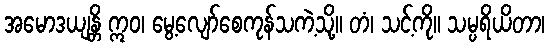
အမောဒယျန္တိ ဣဝ၊ မွေ့လျော်စေကုန်သကဲ့သို့။ တံ၊ သင့်ကို။ သမ္ပရိယိတာ၊